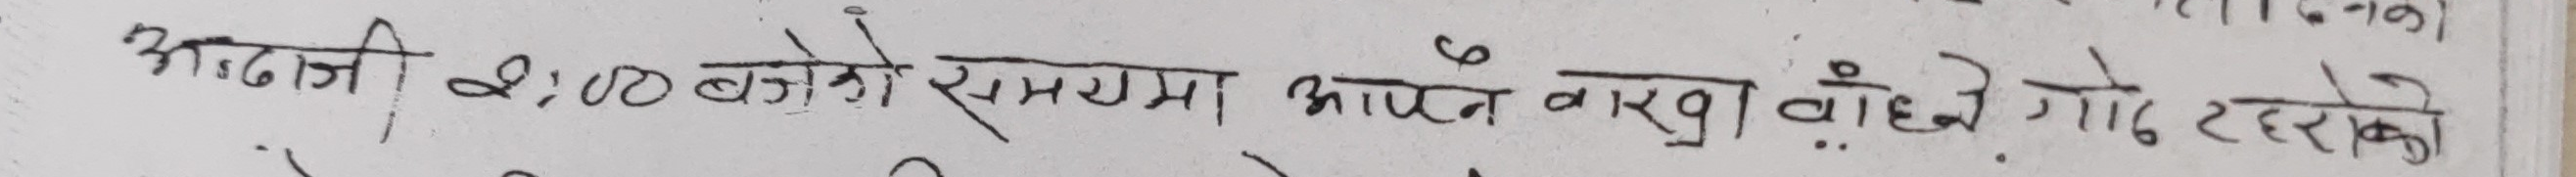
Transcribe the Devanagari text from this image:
आउदी २:०० बजेको समयमा आफ्नै वारव वाहेक गोड टहरोको